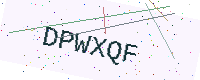
Text: DPWXQF